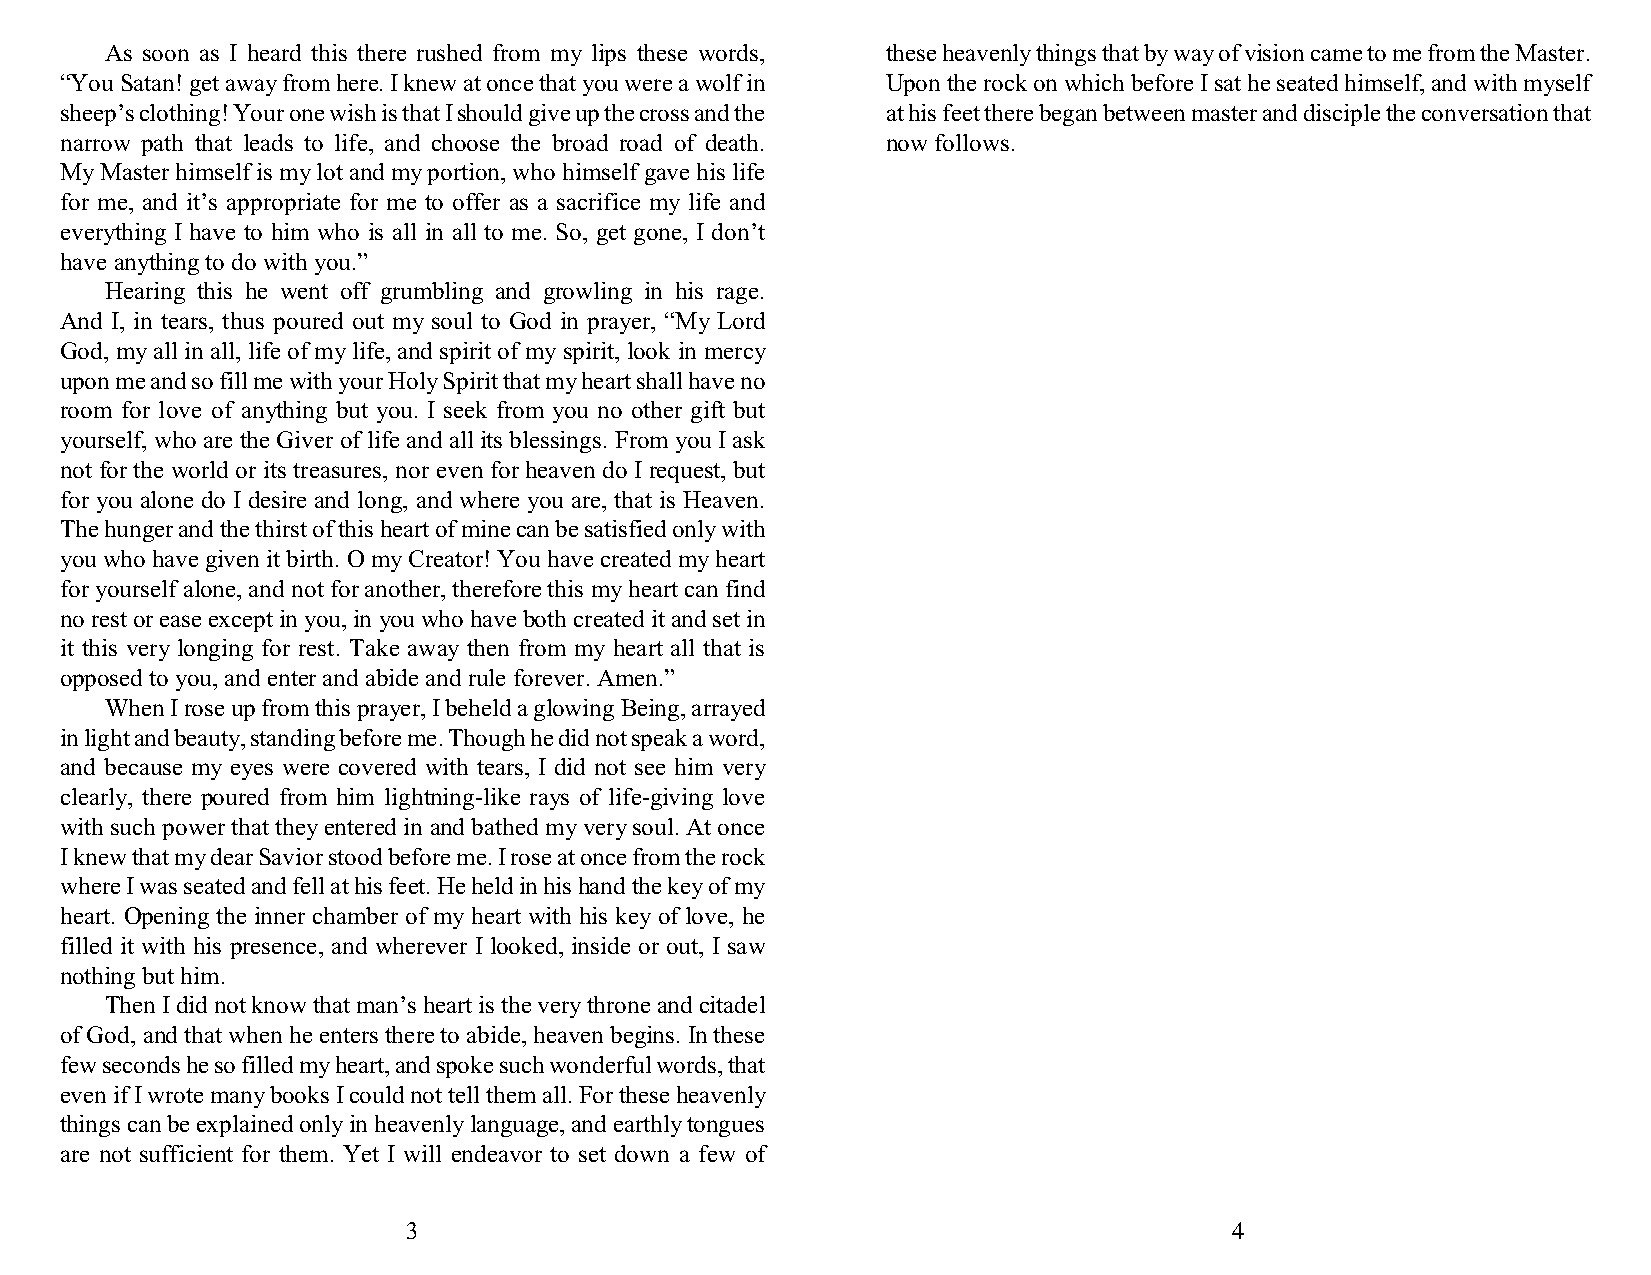
As soon as I heard this there rushed from my lips these words, these heavenly things that by way of vision came to me from the Master.
 “You Satan! get away from here. I knew at once that you were a wolf in Upon the rock on which before I sat he seated himself, and with myself
 sheep’s clothing! Your one wish is that I should give up the cross and the at his feet there began between master and disciple the conversation that
 narrow path that leads to life, and choose the broad road of death. now follows.
 My Master himself is my lot and my portion, who himself gave his life
 for me, and it’s appropriate for me to offer as a sacrifice my life and
 everything I have to him who is all in all to me. So, get gone, I don’t
 have anything to do with you.”
 Hearing this he went off grumbling and growling in his rage.
 And I, in tears, thus poured out my soul to God in prayer, “My Lord
 God, my all in all, life of my life, and spirit of my spirit, look in mercy
 upon me and so fill me with your Holy Spirit that my heart shall have no
 room for love of anything but you. I seek from you no other gift but
 yourself, who are the Giver of life and all its blessings. From you I ask
 not for the world or its treasures, nor even for heaven do I request, but
 for you alone do I desire and long, and where you are, that is Heaven.
 The hunger and the thirst of this heart of mine can be satisfied only with
 you who have given it birth. O my Creator! You have created my heart
 for yourself alone, and not for another, therefore this my heart can find
 no rest or ease except in you, in you who have both created it and set in
 it this very longing for rest. Take away then from my heart all that is
 opposed to you, and enter and abide and rule forever. Amen.”
 When I rose up from this prayer, I beheld a glowing Being, arrayed
 in light and beauty, standing before me. Though he did not speak a word,
 and because my eyes were covered with tears, I did not see him very
 clearly, there poured from him lightning-like rays of life-giving love
 with such power that they entered in and bathed my very soul. At once
 I knew that my dear Savior stood before me. I rose at once from the rock
 where I was seated and fell at his feet. He held in his hand the key of my
 heart. Opening the inner chamber of my heart with his key of love, he
 filled it with his presence, and wherever I looked, inside or out, I saw
 nothing but him.
 Then I did not know that man’s heart is the very throne and citadel
 of God, and that when he enters there to abide, heaven begins. In these
 few seconds he so filled my heart, and spoke such wonderful words, that
 even if I wrote many books I could not tell them all. For these heavenly
 things can be explained only in heavenly language, and earthly tongues
 are not sufficient for them. Yet I will endeavor to set down a few of
 3                                                      4